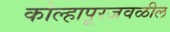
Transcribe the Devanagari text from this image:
कोल्हापूरजवळील